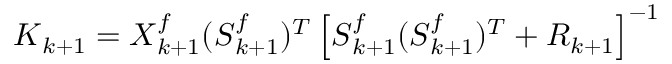
\boldsymbol { K } _ { k + 1 } = \boldsymbol { X } _ { k + 1 } ^ { f } ( \boldsymbol { S } _ { k + 1 } ^ { f } ) ^ { T } \left[ \boldsymbol { S } _ { k + 1 } ^ { f } ( \boldsymbol { S } _ { k + 1 } ^ { f } ) ^ { T } + \boldsymbol { R } _ { k + 1 } \right] ^ { - 1 }